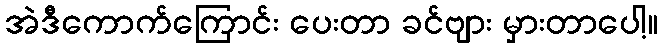
အဲဒီကောက်ကြောင်း ပေးတာ ခင်ဗျား မှားတာပေါ့။